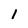
Character: 1